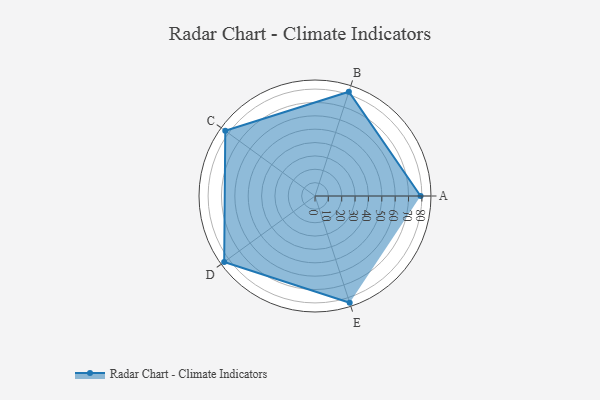
{"axis": {"x": "Skill", "y": "Score"}, "legend": ["Profile"], "data": [{"x": "A", "y": 79.0, "type": "Profile"}, {"x": "B", "y": 82.0, "type": "Profile"}, {"x": "C", "y": 83.0, "type": "Profile"}, {"x": "D", "y": 84.0, "type": "Profile"}, {"x": "E", "y": 84.0, "type": "Profile"}]}